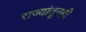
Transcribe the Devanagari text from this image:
राज्यांतूनही